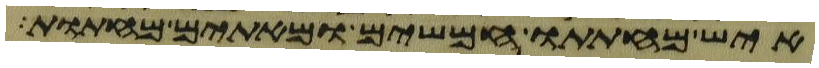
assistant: איש מחתתו חמשים ומאתים מחתות